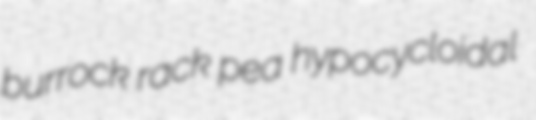
burrock rack pea hypocycloidal